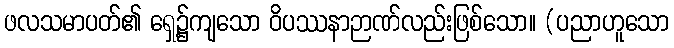
ဖလသမာပတ်၏ ရှေ့၌ကျသော ဝိပဿနာဉာဏ်လည်းဖြစ်သော။ (ပညာဟူသော